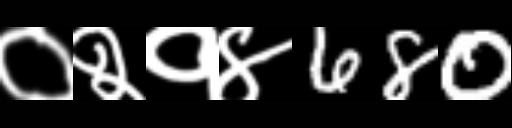
Text: ०२१४680